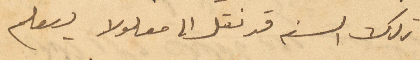
تلك السنه قد نقل الى معلولا ليعلم